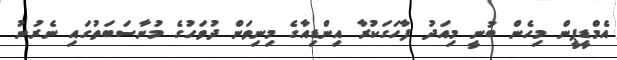
އެމްޑީޕީން މިހެން ބުނީ މިއަދު ފާހަގަކުރާ އިންޑިއާގެ މިނިވަން ދުވަހުގެ މުނާސަބަތުގައި ނެރުނު